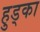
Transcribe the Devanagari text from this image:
हुड्का